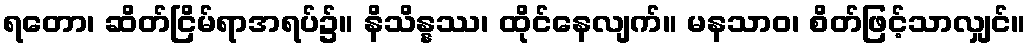
ရတော၊ ဆိတ်ငြိမ်ရာအရပ်၌။ နိသိန္နဿ၊ ထိုင်နေလျက်။ မနသာဝ၊ စိတ်ဖြင့်သာလျှင်။